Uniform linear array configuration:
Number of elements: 48
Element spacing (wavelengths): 0.75
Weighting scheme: hamming
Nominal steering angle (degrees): -30
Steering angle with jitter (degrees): -30.217
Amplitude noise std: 0.05
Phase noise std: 0.05

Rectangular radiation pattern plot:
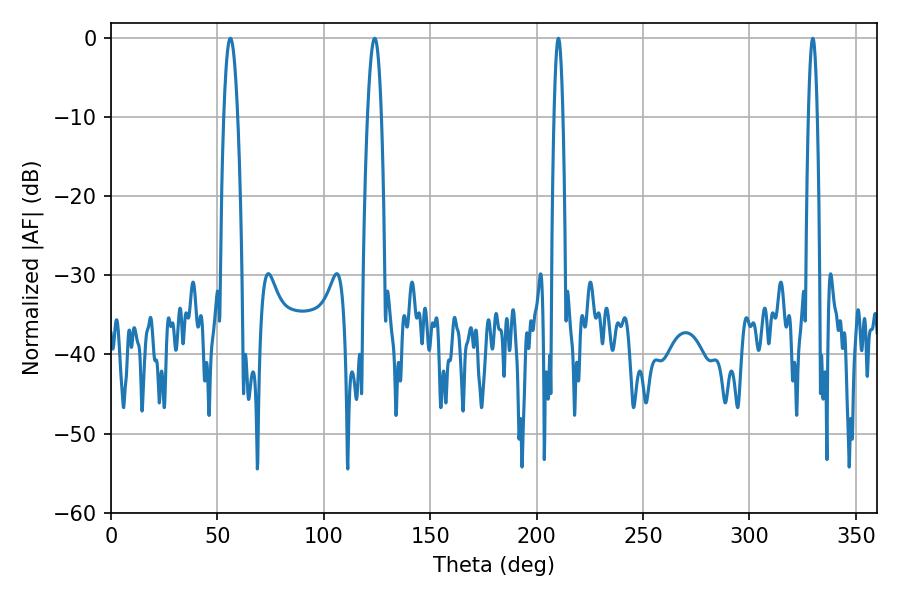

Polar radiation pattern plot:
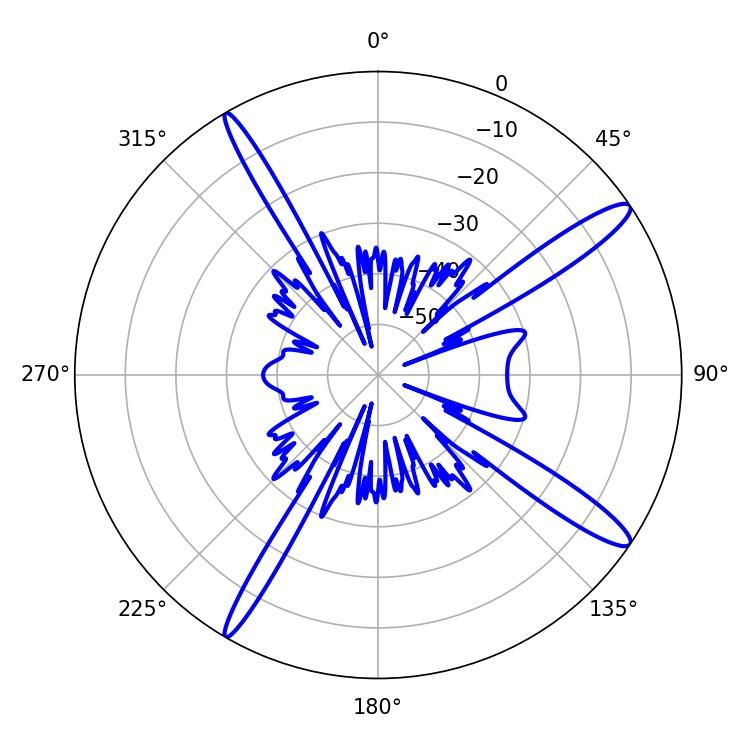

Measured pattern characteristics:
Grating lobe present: TRUE
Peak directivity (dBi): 14.596
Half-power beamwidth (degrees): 2.16
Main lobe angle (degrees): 210.24